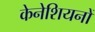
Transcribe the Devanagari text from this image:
केनेशियनों